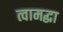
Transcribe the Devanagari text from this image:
त्वामद्धा